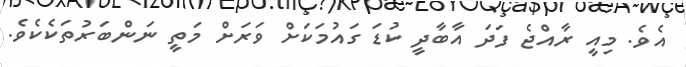
އެވެ. މިއީ ރާއްޖެ ފަދަ އާބާދީ ކުޑަ ގައުމަކަށް ވަރަށް މަތީ ނަންބަރުތަކެކެވެ.